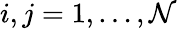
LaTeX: i,j=1,\ldots,\mathcal{N}